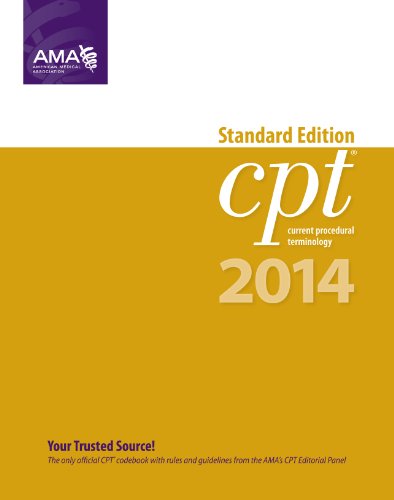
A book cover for CPT 2014 Standard Edition (CPT Current Procedural Terminology - Standard Edition); AMA American Medical Association; Medical Books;